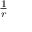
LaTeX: \textstyle { \frac { 1 } { r } }